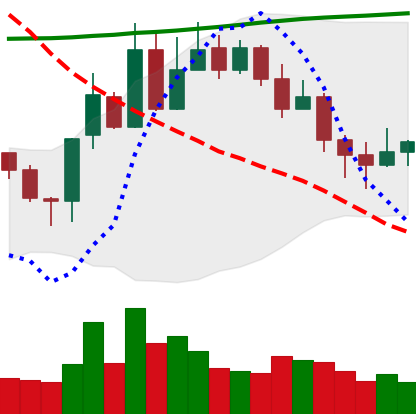
Ticker: XLM-USD
Chart end date: 2020-11-01
Forward return: 6.876%
Label: up_5_7